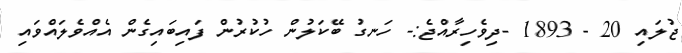
ޖުލައި 20 - 1893 -ދިވެހިރާއްޖެ:- ހަނގު ބޭކަލުން ހުކުރުން ފައިބައިގެން އެއްވެލައްވައި